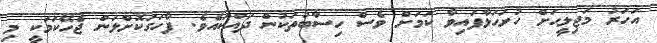
އަހަރު މަޖިލީހަށް ހުށަހަޅާފައިވާ ކަމަށް ވެސް ހިސާބުތަކުން ދައްކައެވެ. ފާހަގަކޮށްލަން ޖެހޭކަމަކީ މި